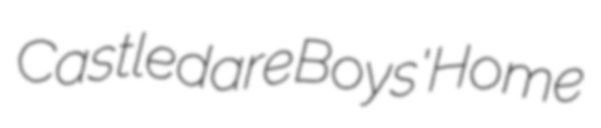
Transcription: Castledare Boys' Home